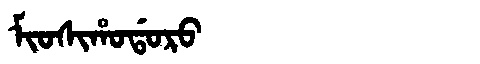
Manchu: ᠮᡳᠣᠰᡳᡥᠣᡩᠣᡵᠣ
Romanization: MIOSIHODORO